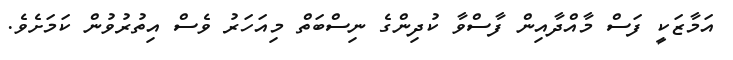
އަމާޒަކީ ފަސް މާއްދާއިން ފާސްވާ ކުދިންގެ ނިސްބަތް މިއަހަރު ވެސް އިތުރުވުން ކަމަށެވެ.